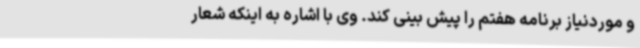
و موردنیاز برنامه هفتم را پیش بینی کند. وی با اشاره به اینکه شعار